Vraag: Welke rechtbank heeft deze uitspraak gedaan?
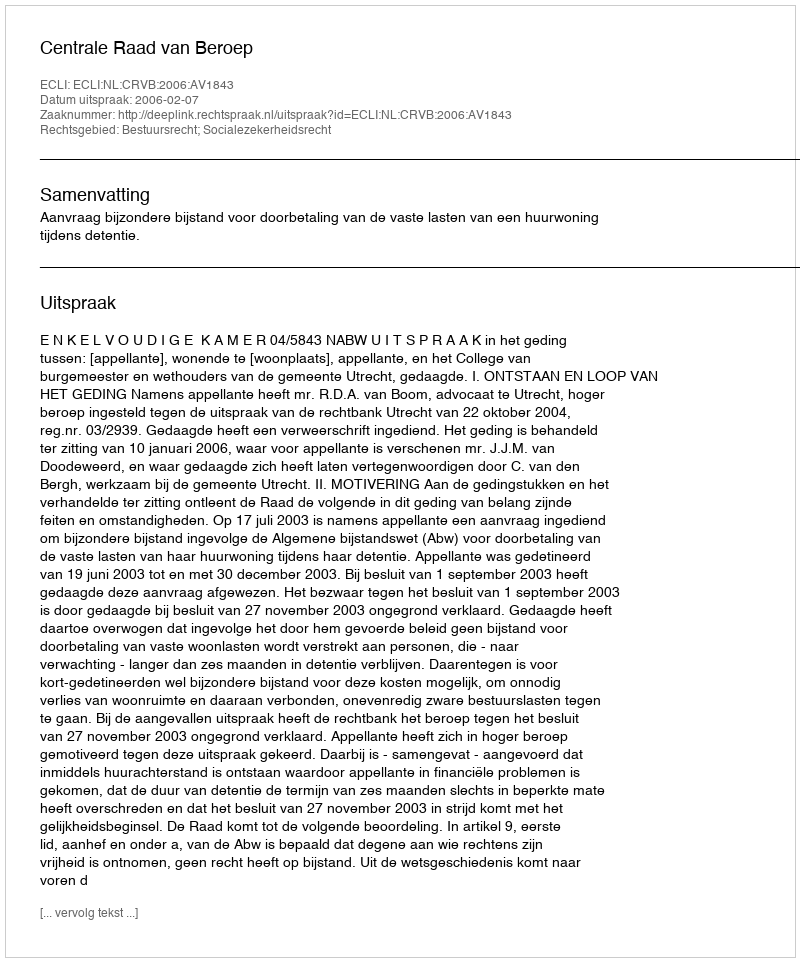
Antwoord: Centrale Raad van Beroep